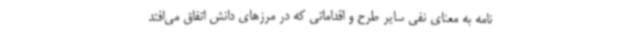
نامه به معنای نفی سایر طرح و اقداماتی که در مرزهای دانش اتفاق می‌افتد